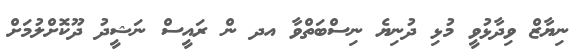
ނިޔާޒް ވިދާޅުވީ މުޅި ދުނިޔެ ނިސްބަތްވާ އދ ން ރައީސް ނަޝީދު ދޫކޮށްލުމަށް